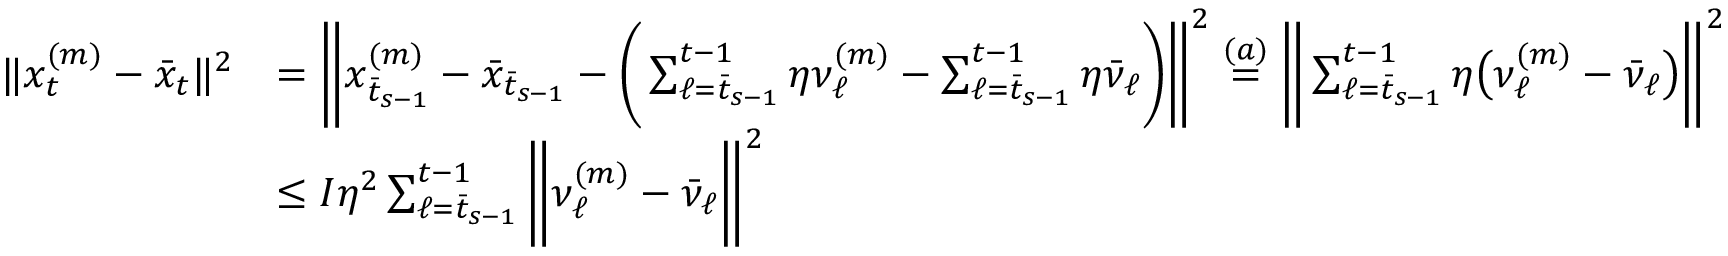
\begin{array} { r l } { \| x _ { t } ^ { ( m ) } - \bar { x } _ { t } \| ^ { 2 } } & { = \bigg \| x _ { \bar { t } _ { s - 1 } } ^ { ( m ) } - \bar { x } _ { \bar { t } _ { s - 1 } } - \bigg ( \sum _ { \ell = \bar { t } _ { s - 1 } } ^ { t - 1 } \eta \nu _ { \ell } ^ { ( m ) } - \sum _ { \ell = \bar { t } _ { s - 1 } } ^ { t - 1 } \eta \bar { \nu } _ { \ell } \bigg ) \bigg \| ^ { 2 } \overset { ( a ) } { = } \bigg \| \sum _ { \ell = \bar { t } _ { s - 1 } } ^ { t - 1 } \eta \big ( \nu _ { \ell } ^ { ( m ) } - \bar { \nu } _ { \ell } \big ) \bigg \| ^ { 2 } } \\ & { \leq I \eta ^ { 2 } \sum _ { \ell = \bar { t } _ { s - 1 } } ^ { t - 1 } \bigg \| \nu _ { \ell } ^ { ( m ) } - \bar { \nu } _ { \ell } \bigg \| ^ { 2 } } \end{array}